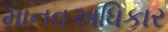
માનવઅધિકાર